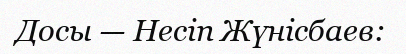
Досы — Несіп Жүнісбаев: